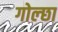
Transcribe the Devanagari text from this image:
गोल्छा